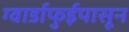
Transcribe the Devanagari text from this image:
ग्वार्डाफुईपासून